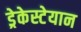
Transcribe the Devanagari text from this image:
ड्रेकेस्टेयान